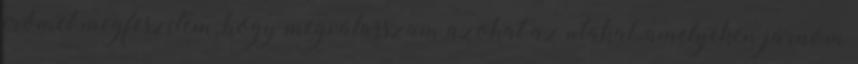
erőmet megfeszítem, hogy megválasszam azokat az utakat, amelyeken járnom